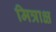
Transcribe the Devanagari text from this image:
मित्राक्ष